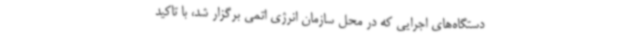
دستگاه‌های اجرایی که در محل سازمان انرژی اتمی برگزار شد، با تاکید